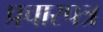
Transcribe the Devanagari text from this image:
प्रचारपत्र